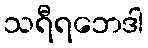
သရီရဘေဒါ